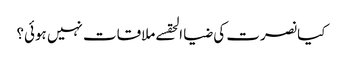
کیا نصرت کی ضیا الحقسے ملاقات نہیں ہوئی؟